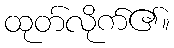
ထုတ်လိုက်၏။